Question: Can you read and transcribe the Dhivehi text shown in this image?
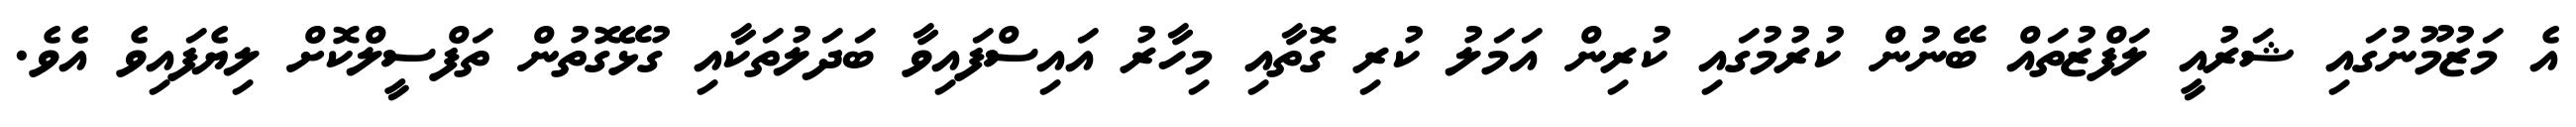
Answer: އެ މަޒުމޫނުގައި ޝަރުއީ ލަފްޒުތައް ބޭނުން ކުރުމުގައި ކުރިން އަމަލު ކުރި ގޮތާއި މިހާރު އައިސްފައިވާ ބަދަލުތަކާއި ގުޅޭގޮތުން ތަފްސީލްކޮށް ލިޔެފައިވެ އެވެ.